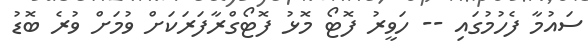
ސައުމާ ފެހުމުގައި -- ހަވީރު ފޮޓޯ މޮޅު ފޮޓޯގްރާފަރަކަށް ވުމަށް ވުރެ ބޮޑު